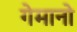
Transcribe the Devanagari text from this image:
गेमानो